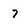
Character: 7